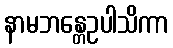
နာမဘန္တေဥပါသိကာ